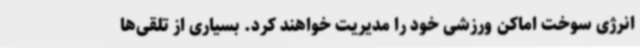
انرژی سوخت اماکن ورزشی خود را مدیریت خواهند کرد. بسیاری از تلقی‌ها